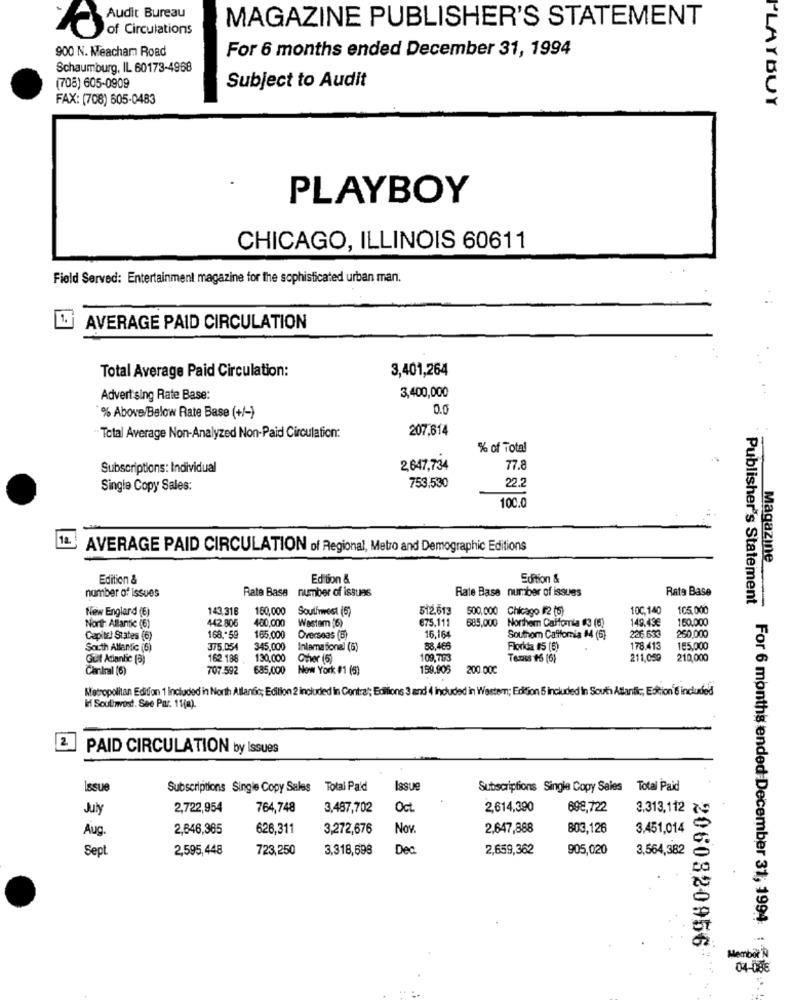
MAGAZINE PUBLISHER'S STATEMENT
Audit Bureau
of Circulations
900 N. Meacham Road
For 6 months ended December 31, 1994
Schaumburg, IL 60173-4968
Subject to Audit
(708) 605-0909
FAX: (708) 605-0483
PLAYBUY
PLAYBOY
CHICAGO, ILLINOIS 60611
Field Served: Entertainment magazine for the sophisticated urban man.
AVERAGE PAID CIRCULATION
Total Average Paid Circulation:
3,401,264
Advertising Rate Base:
3,400,000
0.0
% Above/Below Rate Base (+/-)
207.614
"Total Average Non-Analyzed Non-Paid Circulation:
% of Total
Subscriptions: Individual
2,647,734
77.8
753,530
22.2
Single Copy Sales:
100.0
AVERAGE PAID CIRCULATION of Regional, Metro and Demographic Editions
Magazine
Edition &
Edition &
Edition &
number of Issues
Rate Bass number of issues
Rate Base number of issues
Rate Base
Publisher's Statement
New England (E)
143.316
160,000
Southwest (6)
512613
500.000
Chicago #2 (6)
100,140
105,000
Wastem (6)
675,111
685,000
Northem Calfornia #3 (6)
149.43€
150.000
North Allantic (6)
442 806
480,000
260,000
Capite! States (6)
168 .- 59
165,000
Overseas (5)
16,164
Southom Califomia 14 (6)
226 633
South Allantic (5)
375.054
345,000
Inlama fonel (6)
88,465
Florida #5 (6)
178.413
165,000
Gut Atlantic (3)
162 188
130,000
Cher (5)
109,793
Tenss #6 (6)
211,059
210,000
Carlral (6)
707.592
685,000
Now York #1 (5)
199.905
200.000
Metropolitan Edition 1 Included in North Atlantic; Edition 2 included in Contra; Editions 3 and 4 induded in Western; Edition 5 included In South Atlantic; Edition 6 included
If Soulimost. See Par. 11(4).
2
PAID CIRCULATION by Issues
Issue
Subscriptions Single Copy Sales Total Pa'd
Issue
Subscriptions Single Copy Sales Total Paid
July
2,722,954
764,748
3,487,702
Oct
2,614,390
698,722
3,313,112 2
2,646,365
626,311
3,272,676
Nov.
2,647,888
803,126
3.451,014
Aug
Sept.
2,595,448
723,250
3,318,598
Dec
2,659,362
905,020
3,564,382
2060820956
Membot N
04-088
For 6 months ended December 31, 1994.